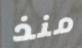
منذ